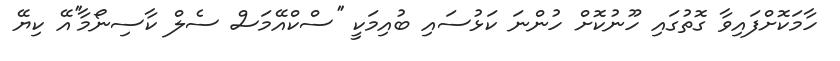
ހާމަކޮށްފައިވާ ގޮތުގައި ހޫނުކޮށް ހުންނަ ކަޅުސައި ބުއިމަކީ ''ސްކްއޭމަސް ސެލް ކާސިނޯމާ''އޭ ކިޔޭ